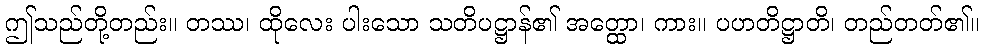
ဤသည်တို့တည်း။ တဿ၊ ထိုလေး ပါးသော သတိပဋ္ဌာန်၏ အတ္ထော၊ ကား။ ပဟတိဋ္ဌာတိ၊ တည်တတ်၏။